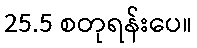
25.5 စတုရန်းပေ။